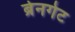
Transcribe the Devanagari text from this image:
ब्रेनगेट